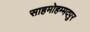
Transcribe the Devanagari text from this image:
साहमोहम्मदपुर